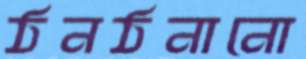
ঠনঠনানো